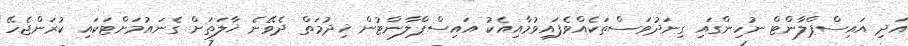
އަދި އައިސްޕްލާންޓް ނުހިންގައި ގިނަދުވަސްތަކެއްވެފައިވުމާއިއެކު އައިސްޕްލާންޓުން ޚިދުމަތް ދެވޭނެ ޚާލަތަށް ގެނައުމަށްޓަކައި ކުރަންޖެހޭ